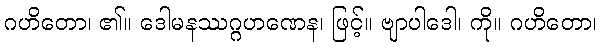
ဂဟိတော၊ ၏။ ဒေါမနဿဂ္ဂဟဏေန၊ ဖြင့်။ ဗျာပါဒေါ၊ ကို။ ဂဟိတော၊